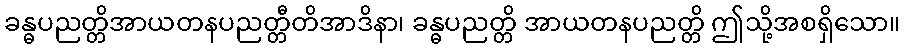
ခန္ဓပညတ္တိအာယတနပညတ္တီတိအာဒိနာ၊ ခန္ဓပညတ္တိ အာယတနပညတ္တိ ဤသို့အစရှိသော။